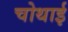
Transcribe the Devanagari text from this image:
चोथाई